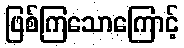
ဖြစ်ကြသောကြောင့်